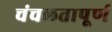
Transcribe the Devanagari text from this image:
चंचलतापूर्ण